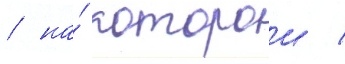
/ на́ которои /